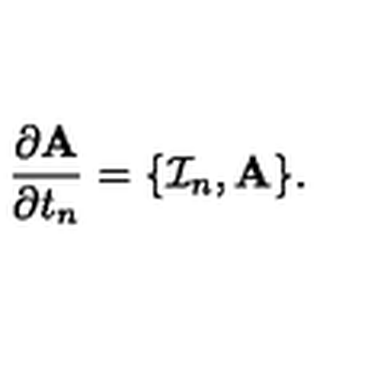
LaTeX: \frac { \partial \mathrm { { \bf A } } } { \partial t _ { n } } = \{ { \cal I } _ { n } , \mathrm { { \bf A } } \} .